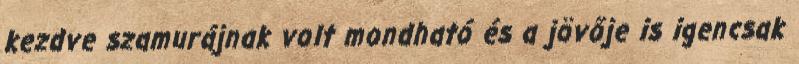
kezdve szamurájnak volt mondható és a jövője is igencsak